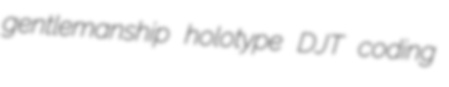
gentlemanship holotype DJT coding